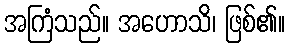
အကြံသည်။ အဟောသိ၊ ဖြစ်၏။